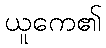
ယူကေ၏